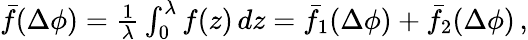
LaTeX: \begin{array}{r}{{\bar{f}}(\Delta\phi)=\frac{1}{\lambda}\int_{0}^{\lambda}f(z)\, dz={\bar{f}}_{1}(\Delta\phi)+{\bar{f}}_{2}(\Delta\phi)\, ,}\end{array}